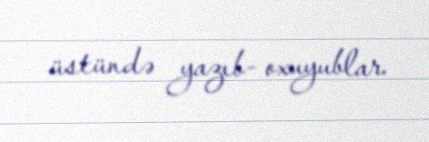
üstündə yazıb- oxuyublar.